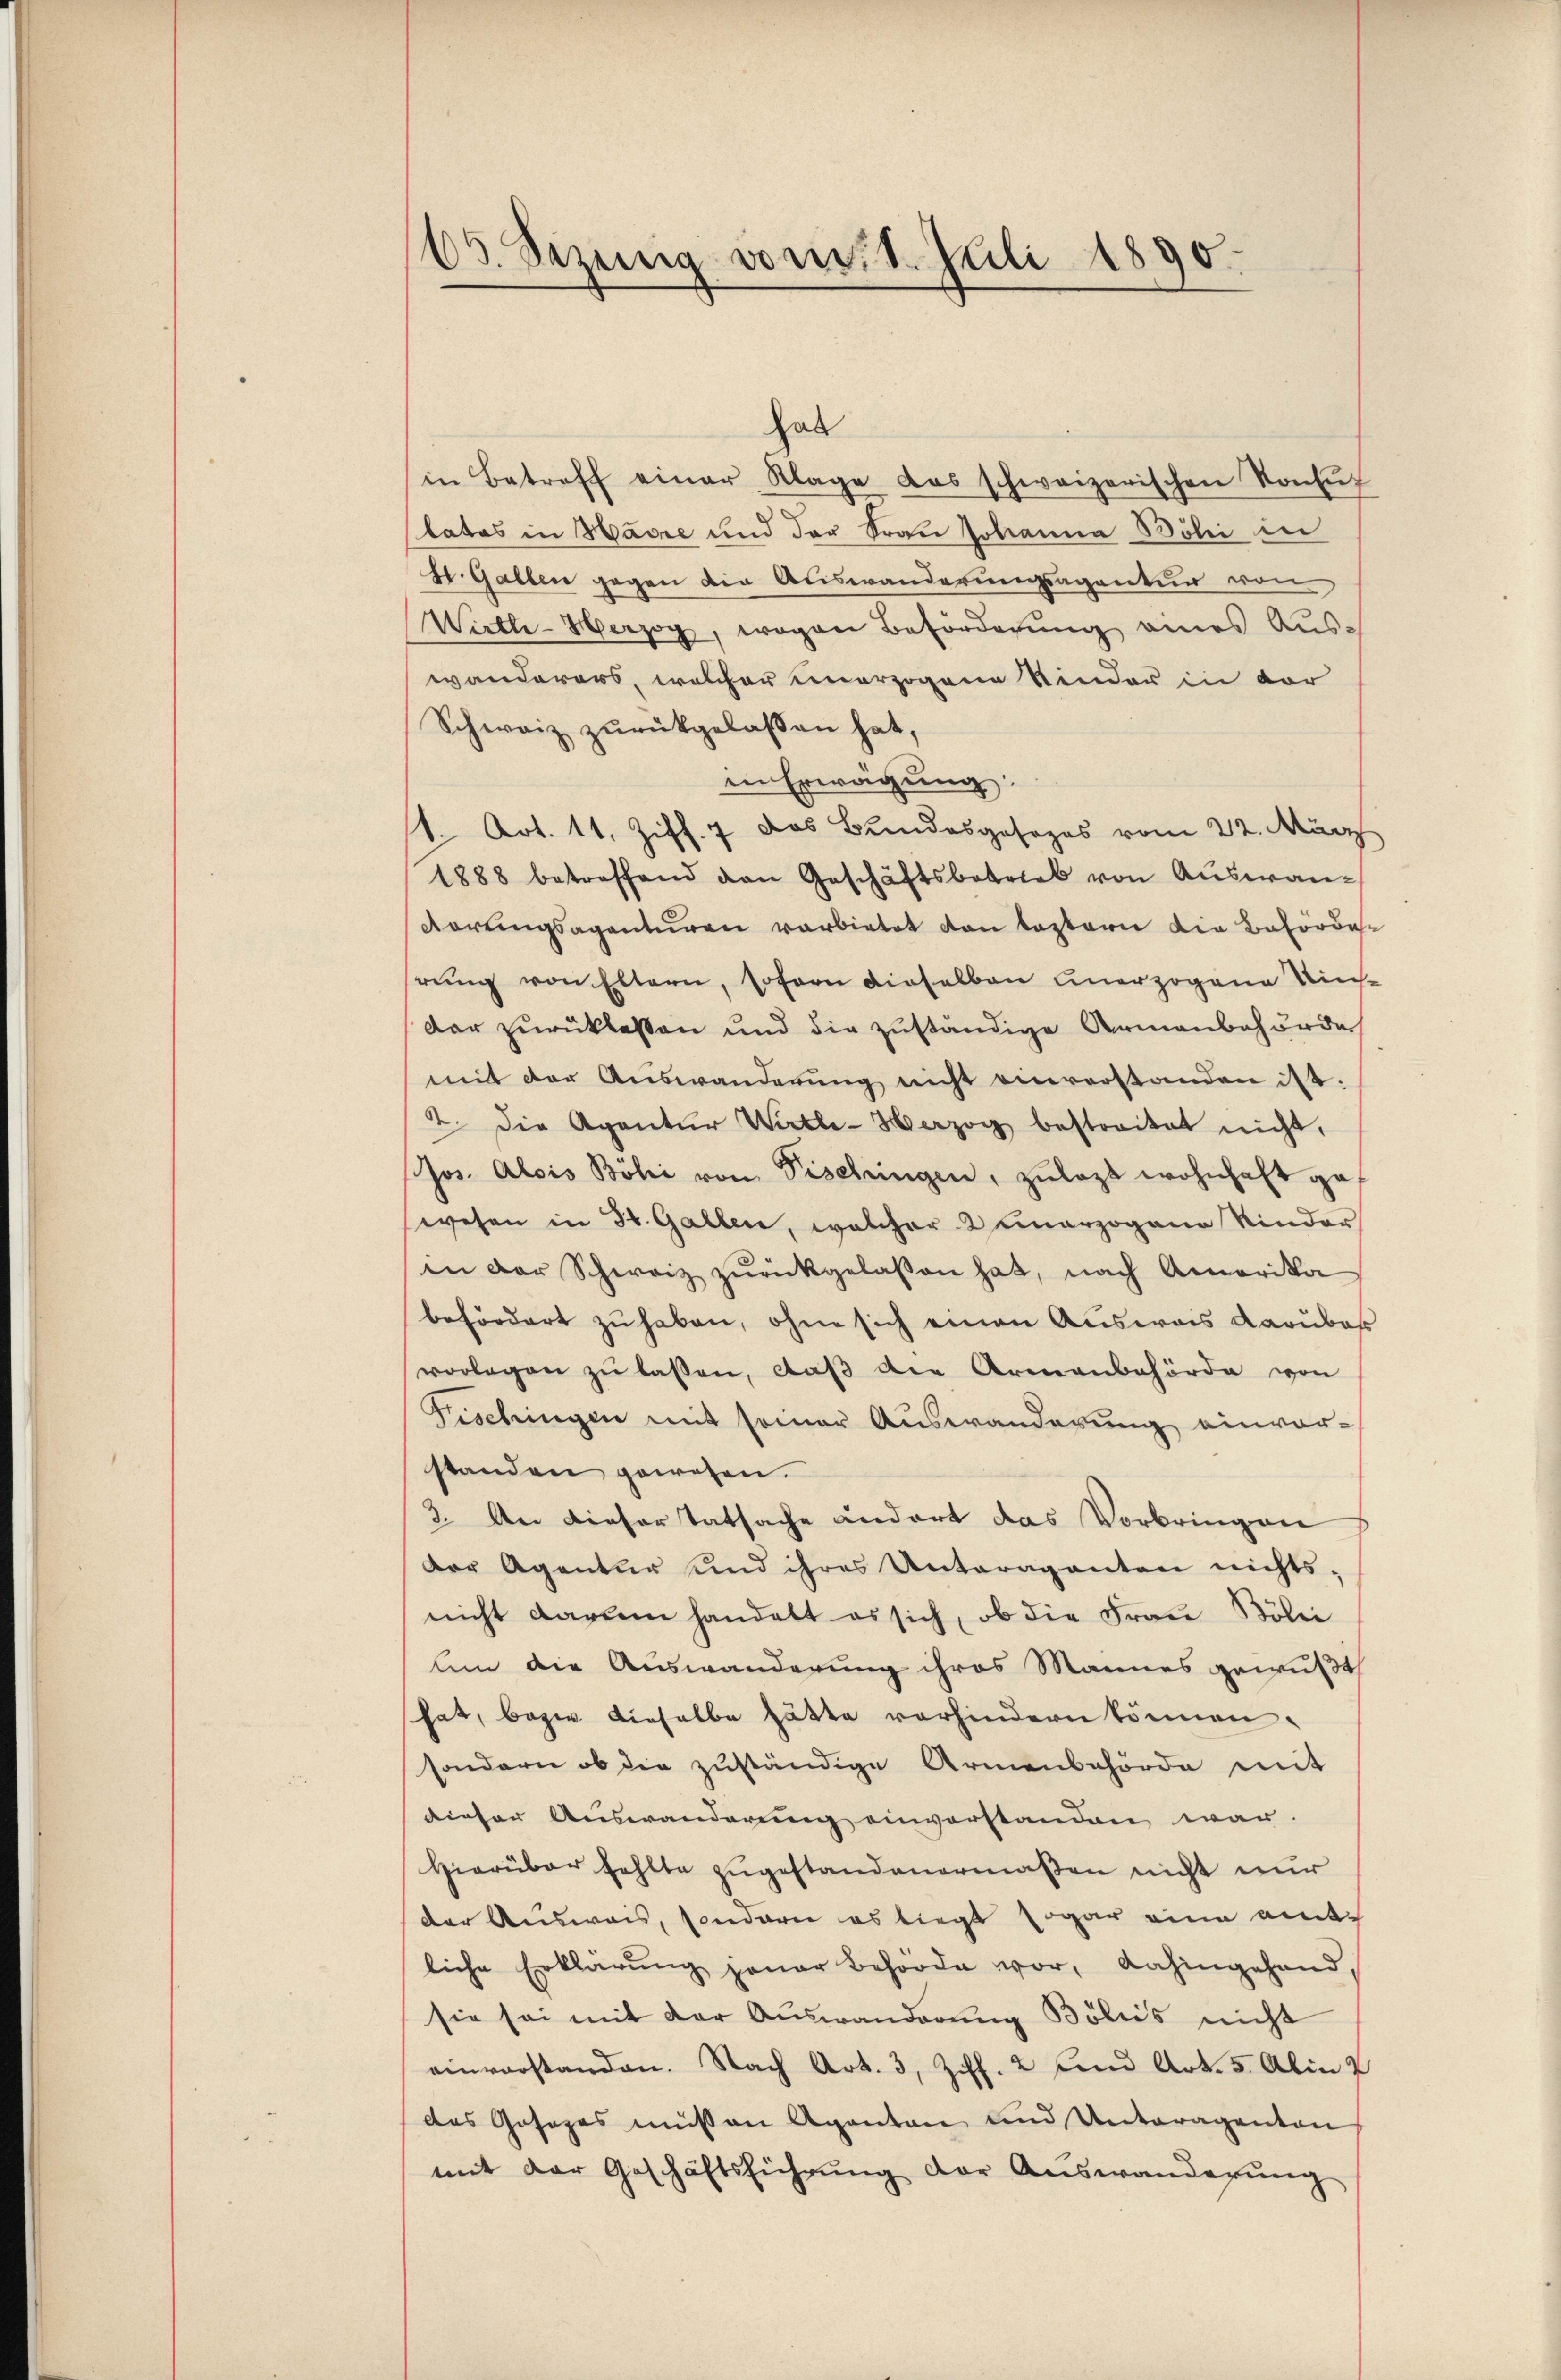
63. Sezinnig vom 21. Juli 1890.

in Betreff einer Klage das schweizerischen Konsŭf
statos in Havre und der Frau Johanna Böni in
St. Gallen gegen die Auswanderungsagentur von
Wirth-Herzog, wogen Beförderŭng eines Aŭs-
wänderers, welcher unerzogene Kinder in der
Schweiz zurückgelassen hat,
in Erwägung:
1. Art. 11. Ziff. 7 des Bundesgesezes vom 22. März
1888 betreffend den Geschäftsbetrieb von Aŭswandarungsagenturen verbietet von testern die Behörderung von Eltern, sofern dieselben unerzogene Riesdar zurücklassen und die zuständige Armenbehörde
mit der Auswanderŭng nicht einverstanden ist.
2. die Agentur Wirtle-Herzog bestreitet nicht,
Jos. Alois Böhi von Tischringen, zŭlagt wohnhaft ga
wesen in St. Gallen, welcher Kunerzogene Kinder
in der Schweiz zŭrückgelassen hat, nach Amerika
befördert zu haben, ohne sich einen Ausweis darubos
vorlegen zŭ lassen, daβ die Armenbehörde von
Fischingen mit seiner Auswanderung einvorstanden gewesen.
3. An dieser Tatsache andert das Vorbringen
Der Agentur und ihres Unteraganten nichts-
nicht darum handelt es sich, ob die Frau Bölii
um die Auswanderung ihres Mannes gewußt
hat, bezw. dieselbe hätte vorhindern können.
sondern ob die zuständige Armenbehörde mit
dieser Auswanderung einverstanden war.
Hierüber fehlte zŭgestandenermaßen nicht nur
der Ausweis, sondern es liegt sogar eine amtliche Erklärung jener Behörde vor, dahingehandsie sei mit der Auswanderung Böliis nicht
einverstanden. Nach Art. 3, Ziff. 2 und Art. 5. Alin
das Gesezes müssen Agentan und Unteragenten
mit der Geschäftsführung der Auswanderung

hab